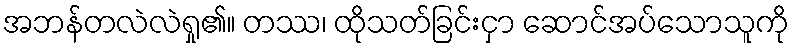
အဘန်တလဲလဲရှု၏။ တဿ၊ ထိုသတ်ခြင်းငှာ ဆောင်အပ်သောသူကို